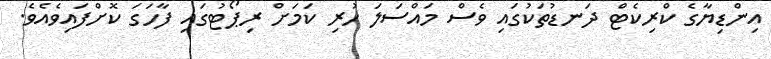
އިންޑިޔާގެ ކްރިކެޓް ދަނޑުތަކުގައި ވެސް މައްސަލަ ހުރި ކަމަށް ރިޕޯޓުގައި ފާހަގަ ކޮށްފައިވެއެވެ.